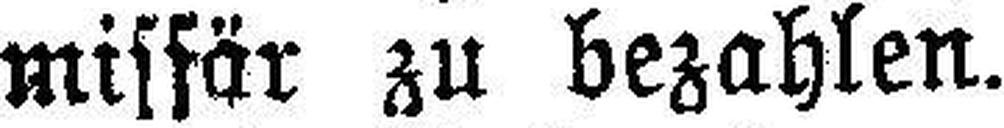
misfär zu bezahlen.